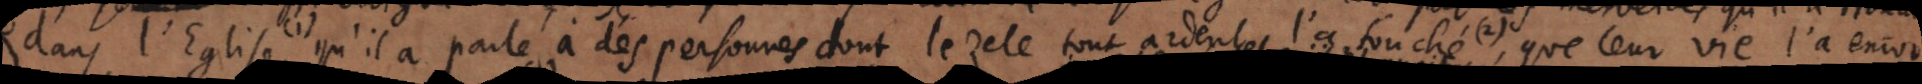
dans l’Eglise, (1) qu’il a parle à des personnes dont le zele tout ardent l’a touché, (2) que leur vie l’a encor